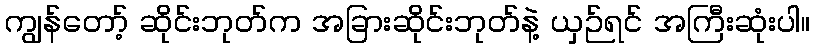
ကျွန်တော့် ဆိုင်းဘုတ်က အခြားဆိုင်းဘုတ်နဲ့ ယှဉ်ရင် အကြီးဆုံးပါ။